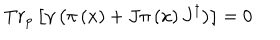
T r _ { p } \left[ \gamma \left( \pi \left( x \right) + J \pi \left( x \right) J ^ { \dagger } \right) \right] = 0